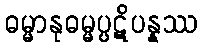
ဓမ္မာနုဓမ္မပ္ပဋိပန္နဿ